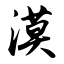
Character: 漠